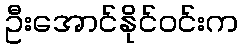
ဦးအောင်နိုင်ဝင်းက